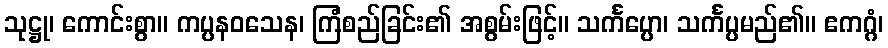
သုဋ္ဌု၊ ကောင်းစွာ။ ကပ္ပနဝသေန၊ ကြံစည်ခြင်း၏ အစွမ်းဖြင့်။ သင်္ကပ္ပော၊ သင်္ကပ္ပမည်၏။ ဧကဂ္ဂံ၊